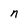
Character: n